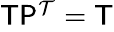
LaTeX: \begin{array}{r}{\mathsf{T}\mathsf{P}^{\mathcal{T}}=\mathsf{T}}\end{array}